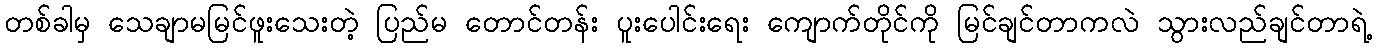
တစ်ခါမှ သေချာမမြင်ဖူးသေးတဲ့ ပြည်မ တောင်တန်း ပူးပေါင်းရေး ကျောက်တိုင်ကို မြင်ချင်တာကလဲ သွားလည်ချင်တာရဲ့